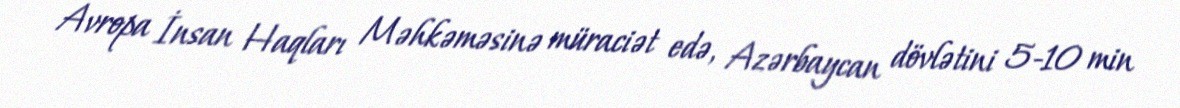
Avropa İnsan Haqları Məhkəməsinə müraciət edə, Azərbaycan dövlətini 5-10 min